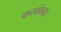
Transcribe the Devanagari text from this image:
करवंचना